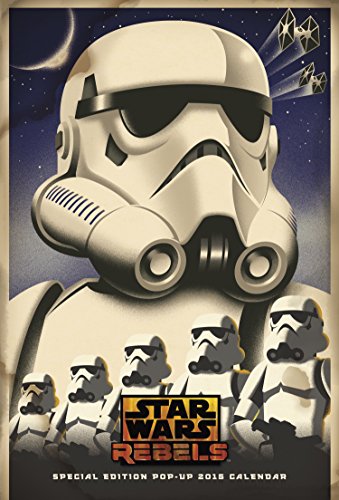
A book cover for Star Wars Rebels Special Edition Wall Calendar (2015); Mead; Calendars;